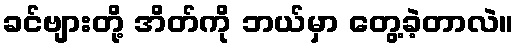
ခင်ဗျားတို့ အိတ်ကို ဘယ်မှာ တွေ့ခဲ့တာလဲ။